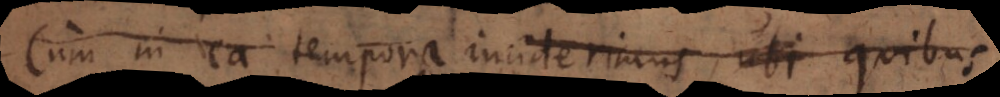
Cum in ea tempora inciderimus, ubi quibu